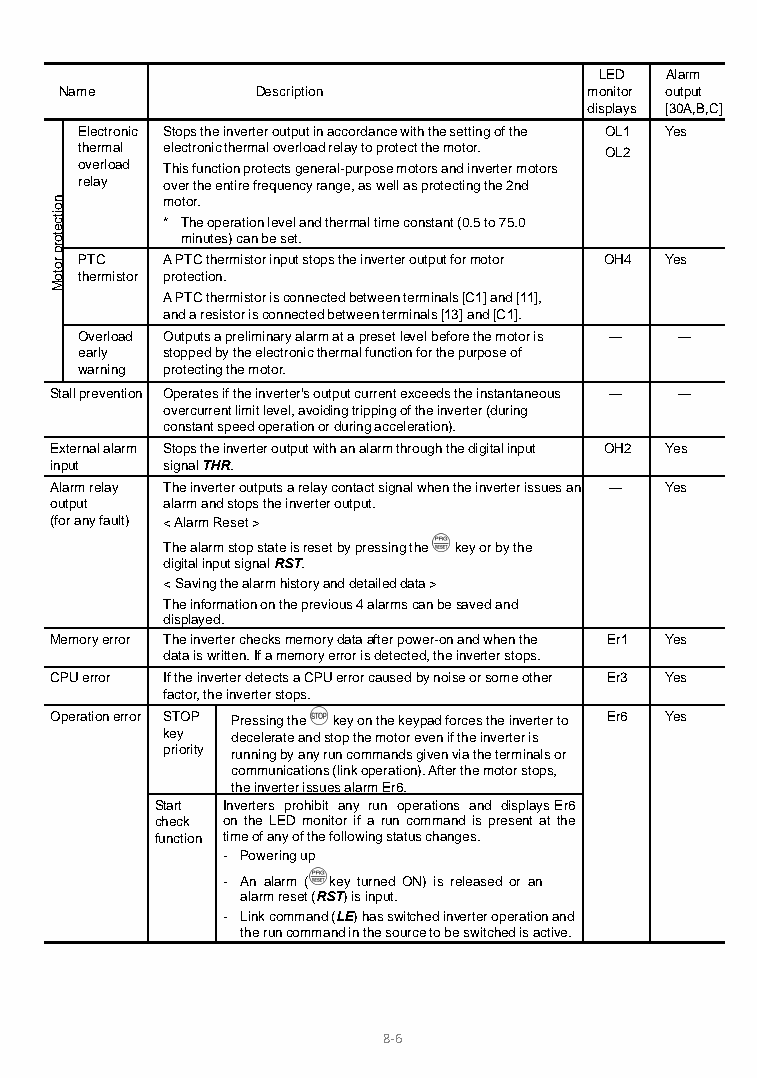
LED Alarm
 Name         Description           monitor output
 displays [30A,B,C]
 Electronic Stops the inverter output in accordance with the setting of the OL1 Yes
 thermal electronic thermal overload relay to protect the motor. OL2
 overload This function protects general-purpose motors and inverter motors
 relay over the entire frequency range, as well as protecting the 2nd
 motor.
 * The operation level and thermal time constant (0.5 to 75.0
 minutes) can be set.
 PTC   A PTC thermistor input stops the inverter output for motor OH4 Yes
 thermistor protection.
 A PTC thermistor is connected between terminals [C1] and [11],
 and a resistor is connected between terminals [13] and [C1].
 Overload Outputs a preliminary alarm at a preset level before the motor is — —
 early stopped by the electronic thermal function for the purpose of
 warning protecting the motor.
 Stall prevention Operates if the inverter's output current exceeds the instantaneous — —
 overcurrent limit level, avoiding tripping of the inverter (during
 constant speed operation or during acceleration).
 External alarm Stops the inverter output with an alarm through the digital input OH2 Yes
 input   signal THR.
 Alarm relay The inverter outputs a relay contact signal when the inverter issues an — Yes
 output  alarm and stops the inverter output.
 (for any fault) < Alarm Reset >
 The alarm stop state is reset by pressing the key or by the
 digital input signal RST.
 < Saving the alarm history and detailed data >
 The information on the previous 4 alarms can be saved and
 displayed.
 Memory error The inverter checks memory data after power-on and when the Er1 Yes
 data is written. If a memory error is detected, the inverter stops.
 CPU error If the inverter detects a CPU error caused by noise or some other Er3 Yes
 factor, the inverter stops.
 Operation error STOP Pressing the key on the keypad forces the inverter to Er6 Yes
 key decelerate and stop the motor even if the inverter is
 priority running by any run commands given via the terminals or
 communications (link operation). After the motor stops,
 the inverter issues alarm Er6.
 Start Inverters prohibit any run operations and displays Er6
 check on the LED monitor if a run command is present at the
 function time of any of the following status changes.
 - Powering up
 - An alarm ( key turned ON) is released or an
 alarm reset (RST) is input.
 - Link command (LE) has switched inverter operation and
 the run command in the source to be switched is active.
 8-6
 noitcetorp
 rotoM